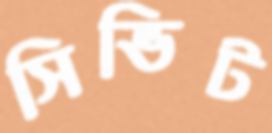
সিভিট